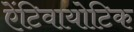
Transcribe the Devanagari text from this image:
ऐंटिवायोटिक